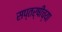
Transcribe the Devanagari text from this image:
सप्तर्षीच्या